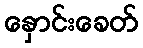
နှောင်းခေတ်